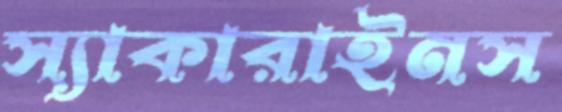
স্যাকারাইনস